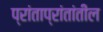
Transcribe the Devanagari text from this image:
प्रांताप्रांतांतील